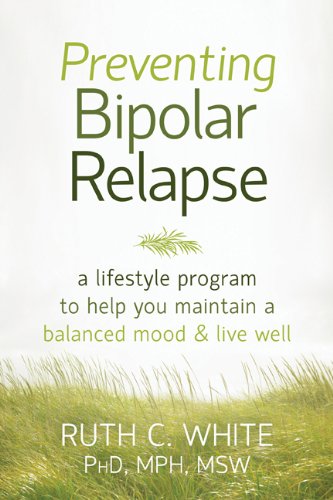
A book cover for Preventing Bipolar Relapse: A Lifestyle Program to Help You Maintain a Balanced Mood and Live Well; Ruth C. White PhD  MPH  MSW; Health, Fitness & Dieting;